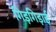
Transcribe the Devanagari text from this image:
गिड़गिड़ाई